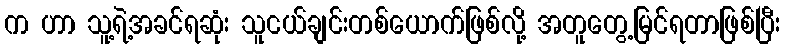
က ဟာ သူ့ရဲ့အခင်ရဆုံး သူငယ်ချင်းတစ်ယောက်ဖြစ်လို့ အတူတွေ့မြင်ရတာဖြစ်ပြီး